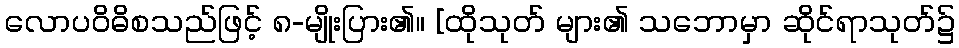
လောပဝိဓိစသည်ဖြင့် ၈-မျိုးပြား၏။ [ထိုသုတ် များ၏ သဘောမှာ ဆိုင်ရာသုတ်၌